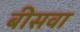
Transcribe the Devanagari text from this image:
बीसवा